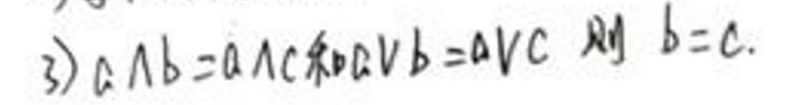
3) \( a \wedge b = a \wedge c \) 和 \( a \vee b = a \vee c \) 则 \( b = c \).